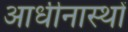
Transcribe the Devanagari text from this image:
आधीनास्थों